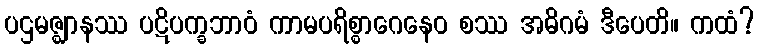
ပဌမဇ္ဈာနဿ ပဋိပက္ခဘာဝံ ကာမပရိစ္စာဂေနေဝ စဿ အဓိဂမံ ဒီပေတိ။ ကထံ?